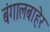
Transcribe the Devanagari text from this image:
बंगालबाहेर